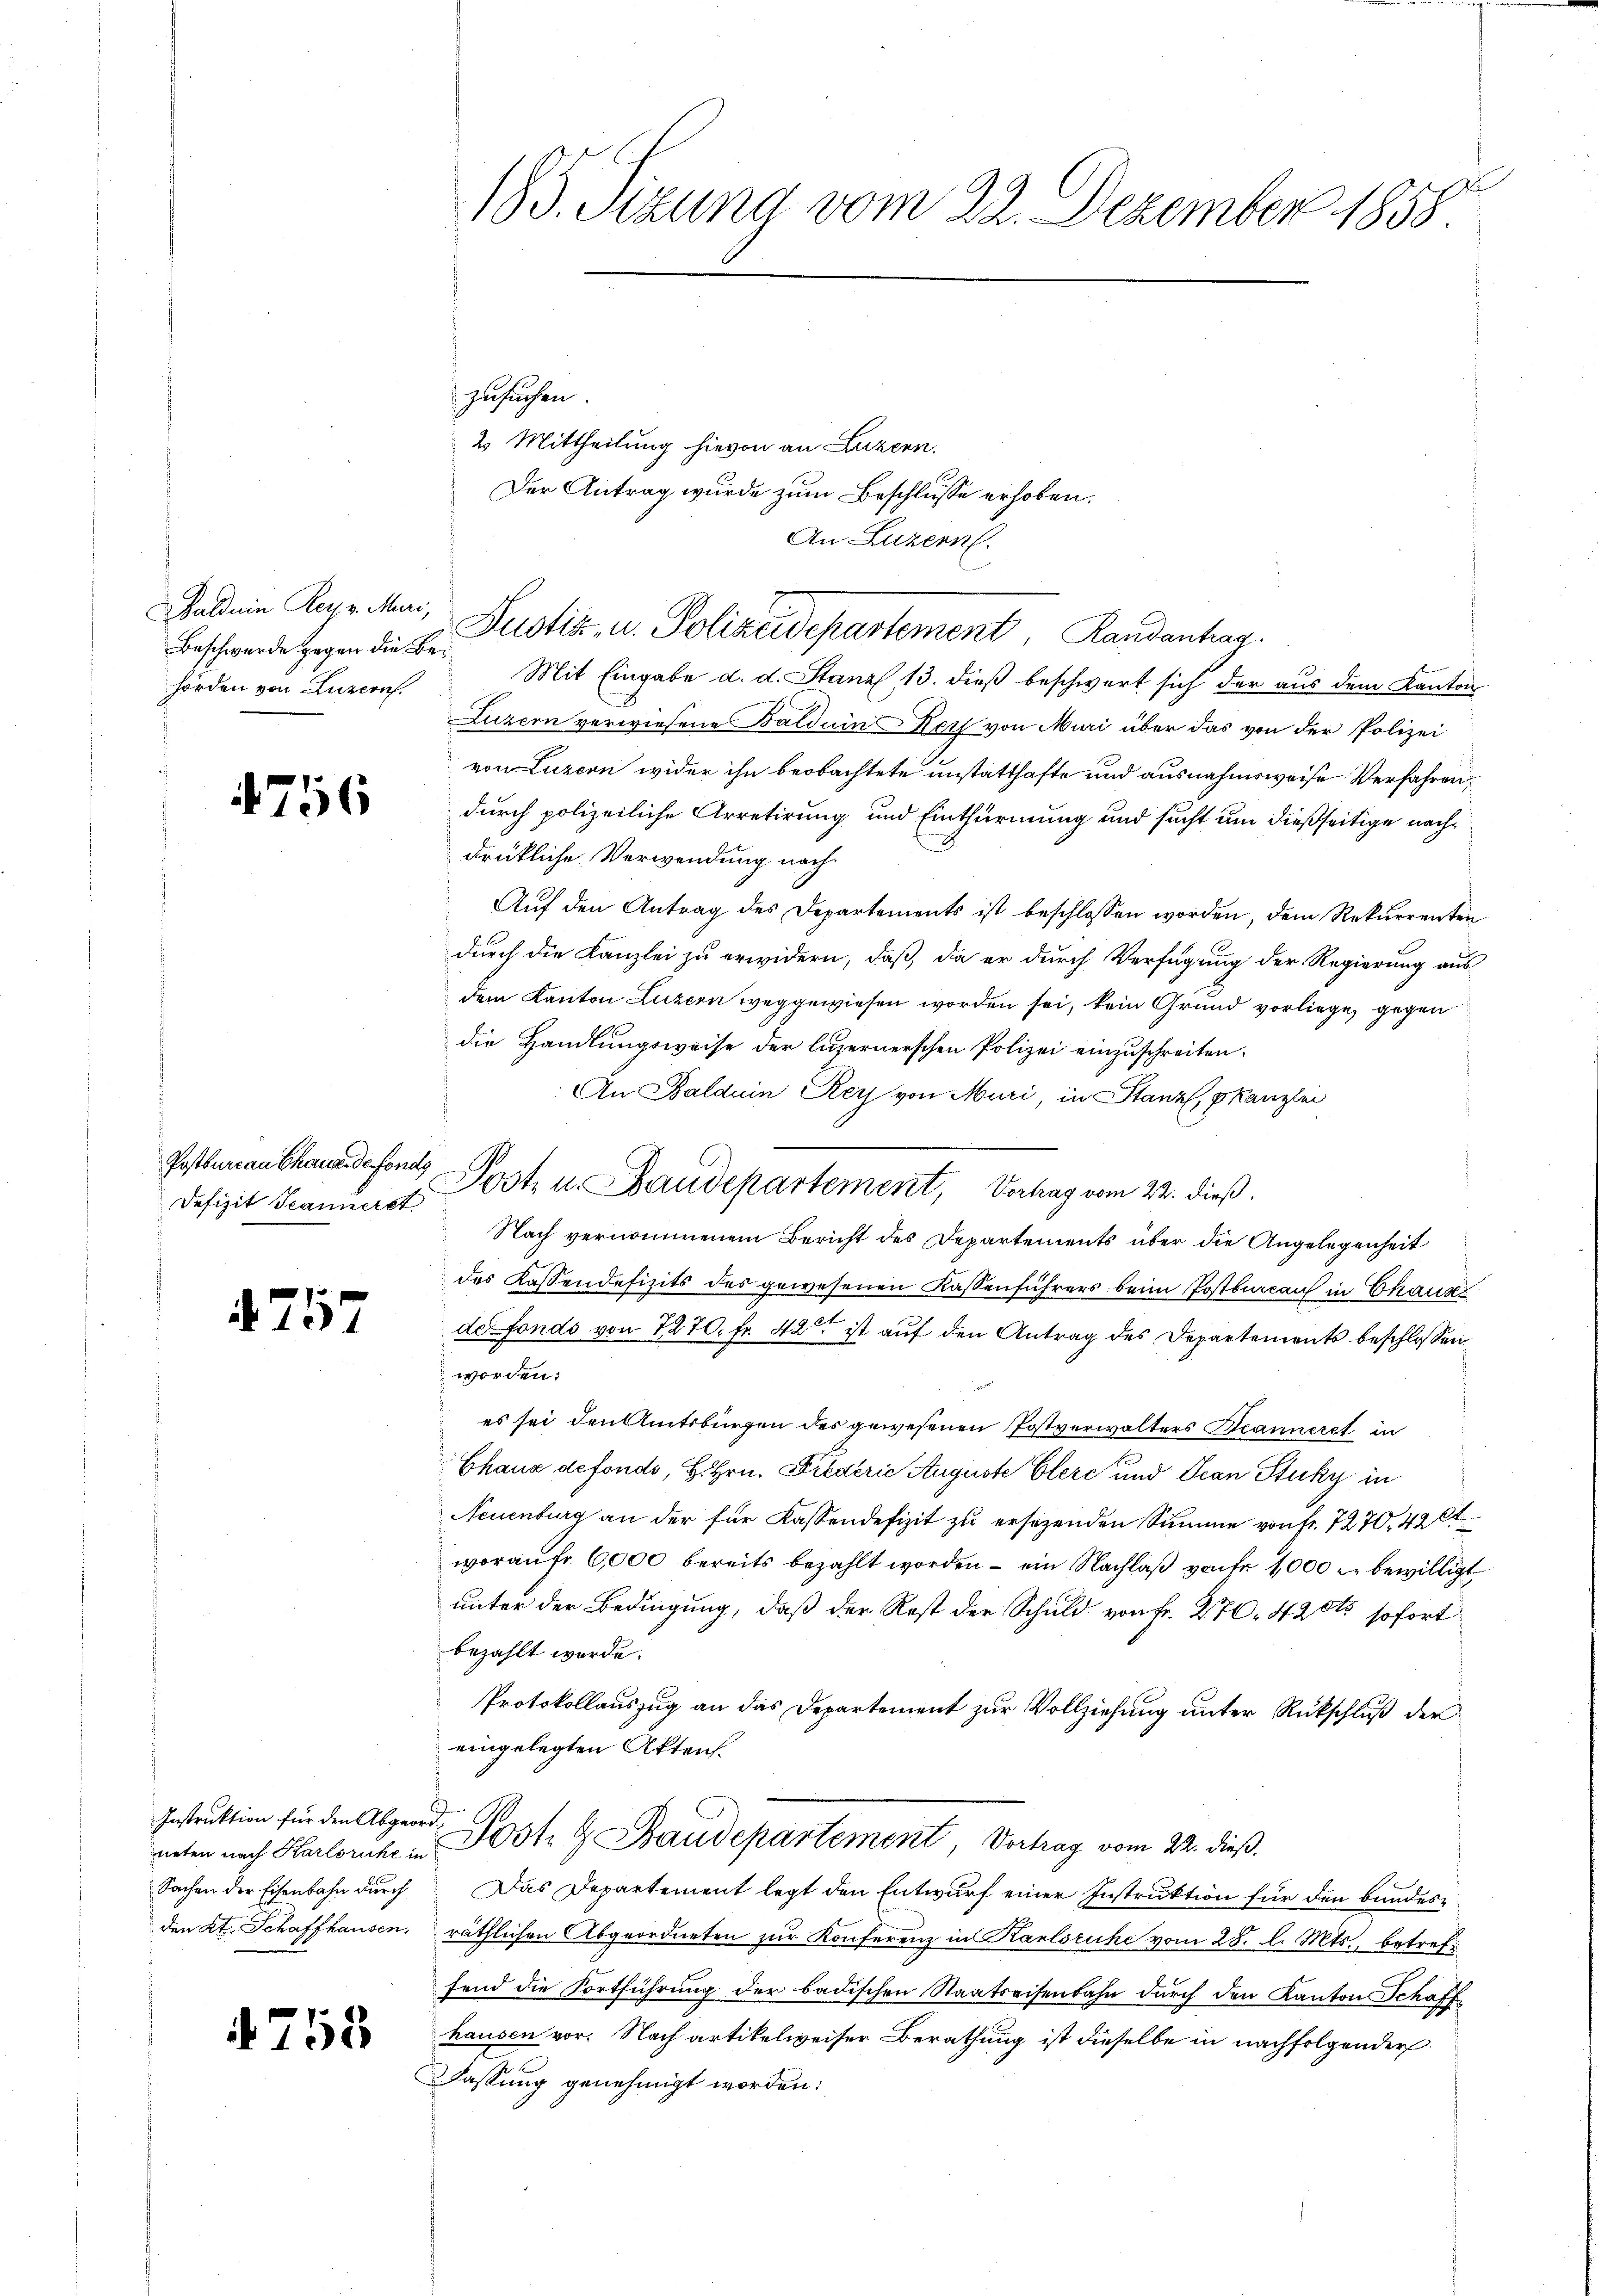
Baldein Rey v. Muri,
Beschwerde gegen die Behörden von Luzern.

756

Postbureau Chaus de fonds
Defizit Teanneret

4757

Instruktion für den Abgeord¬
Sachen der Eisenbahn durch
den Kt. Schaffhausen,

753

185. Sizung vom 22. Dezember 1858

zusuchen.
2. Mittheilung hievon an Luzern.
Der Antrag wurde zum Beschlusse erhoben.
An Luzern.
Mit Eingabe d. d. Stanz, 13. dieß beschwert sich der aus dem Kanton
Luzern verwiesene Batduin Koth von Muri über das von der Polizei
von Luzern wider ihn beobachtete unstatthafte und ausnahmsweise Verfahren,
durch polizeiliche Arretirung und Einthürmung und sucht um dießseitige nachdrükliche Verwendung nach
Auf den Antrag des Departements ist beschlossen worden, dem Rekurrenten
durch die Kanzlei zu erwidern, daß, da er durch Verfügung der Regierung aus
dem Kanton Luzern weggewiesen worden sei, kein Grund vorliege, gegen
die Handlungsweise der luzernerschen Polizei einzuschreiten.
An Balduin Rey von Muri, in Stanz, pkanzlei
Post u. Staudepartement, Verhag vom 22. dieß.
Nach vernommenem Bericht des Departements über die Angelegenheit
des Kassendefizits des gewesenen Kassenführers beim Postbureau in Chauses
defonds von 7270. fr. 42 ist auf den Antrag des Departements beschlossen
worden.
es sei den Amtsbürgen des gewesenen Postverwalters Beanneret in
Chaus defondo, H. Hrn. Friederić Auguste Clerc und Jean Stucky in
Neuenburg an der für Kassendefizit zu ersezenden Summe von fr. 7270, 42 et
worauf 6,000 bereits bezahlt worden – ein Nachlaβ von fr. 1000 r. bewilligt
unter der Bedingung, daß der Rest der Schuld von Fr. 270. 420t sofort
bezahlt werde.
Protokollauszug an das Departement zur Vollziehung unter Rückschluß der
eingelegten Akten.
neten nach Karlsruhe u. Post & Baudepartement, Vortrag vom 22. dieß.
Das Departement legt den Entwurf einer Instruktion für den bundesräthlichen Abgeordneten zŭr Konferenz in Karlsruhe vom 28. d. Mts., betreffend die Fortführung der badischen Staatseisenbahn durch den Kanton Schaffhausen vor. Nach artikelweiser Berathung ist dieselbe in nachfolgender
Fassung genehmigt worden:

Justiz, u. Polizeidepartement, Landenhag